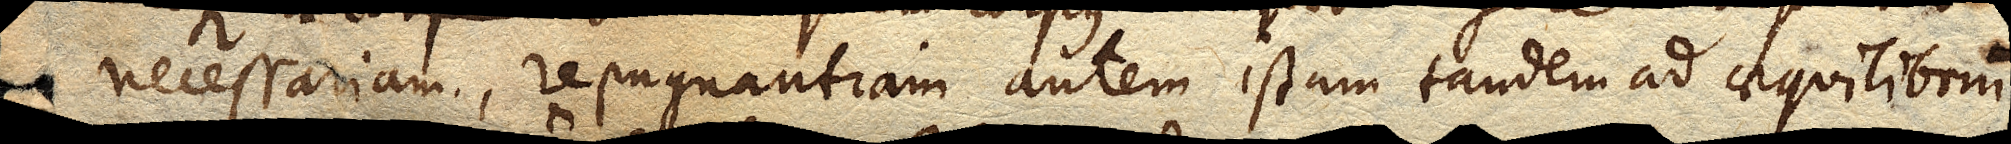
necessariam, repugnantiam autem istam tandem ad aequilibrium